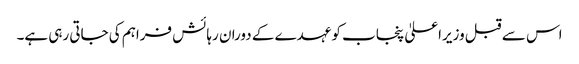
اس سے قبل وزیراعلیٰ پنجاب کو عہدے کے دوران رہائش فراہم کی جاتی رہی ہے۔